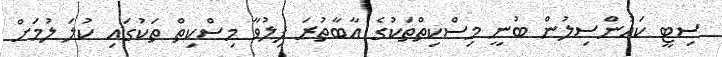
ސިޓީ ކައުންސިލުން ބުނީ މިސްކިތްތަކުގެ އާބާތުރަ ފިލުވާ މިސްކިތް ތަކުގައި ކުލަ ލުމަށް